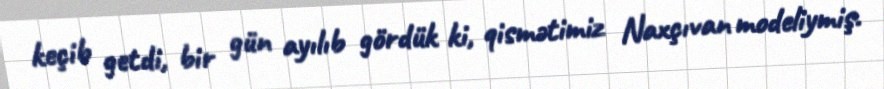
keçib getdi, bir gün ayılıb gördük ki, qismətimiz Naxçıvan modeliymiş.